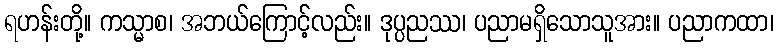
ရဟန်းတို့။ ကသ္မာစ၊ အဘယ်ကြောင့်လည်း။ ဒုပ္ပညဿ၊ ပညာမရှိသောသူအား။ ပညာကထာ၊